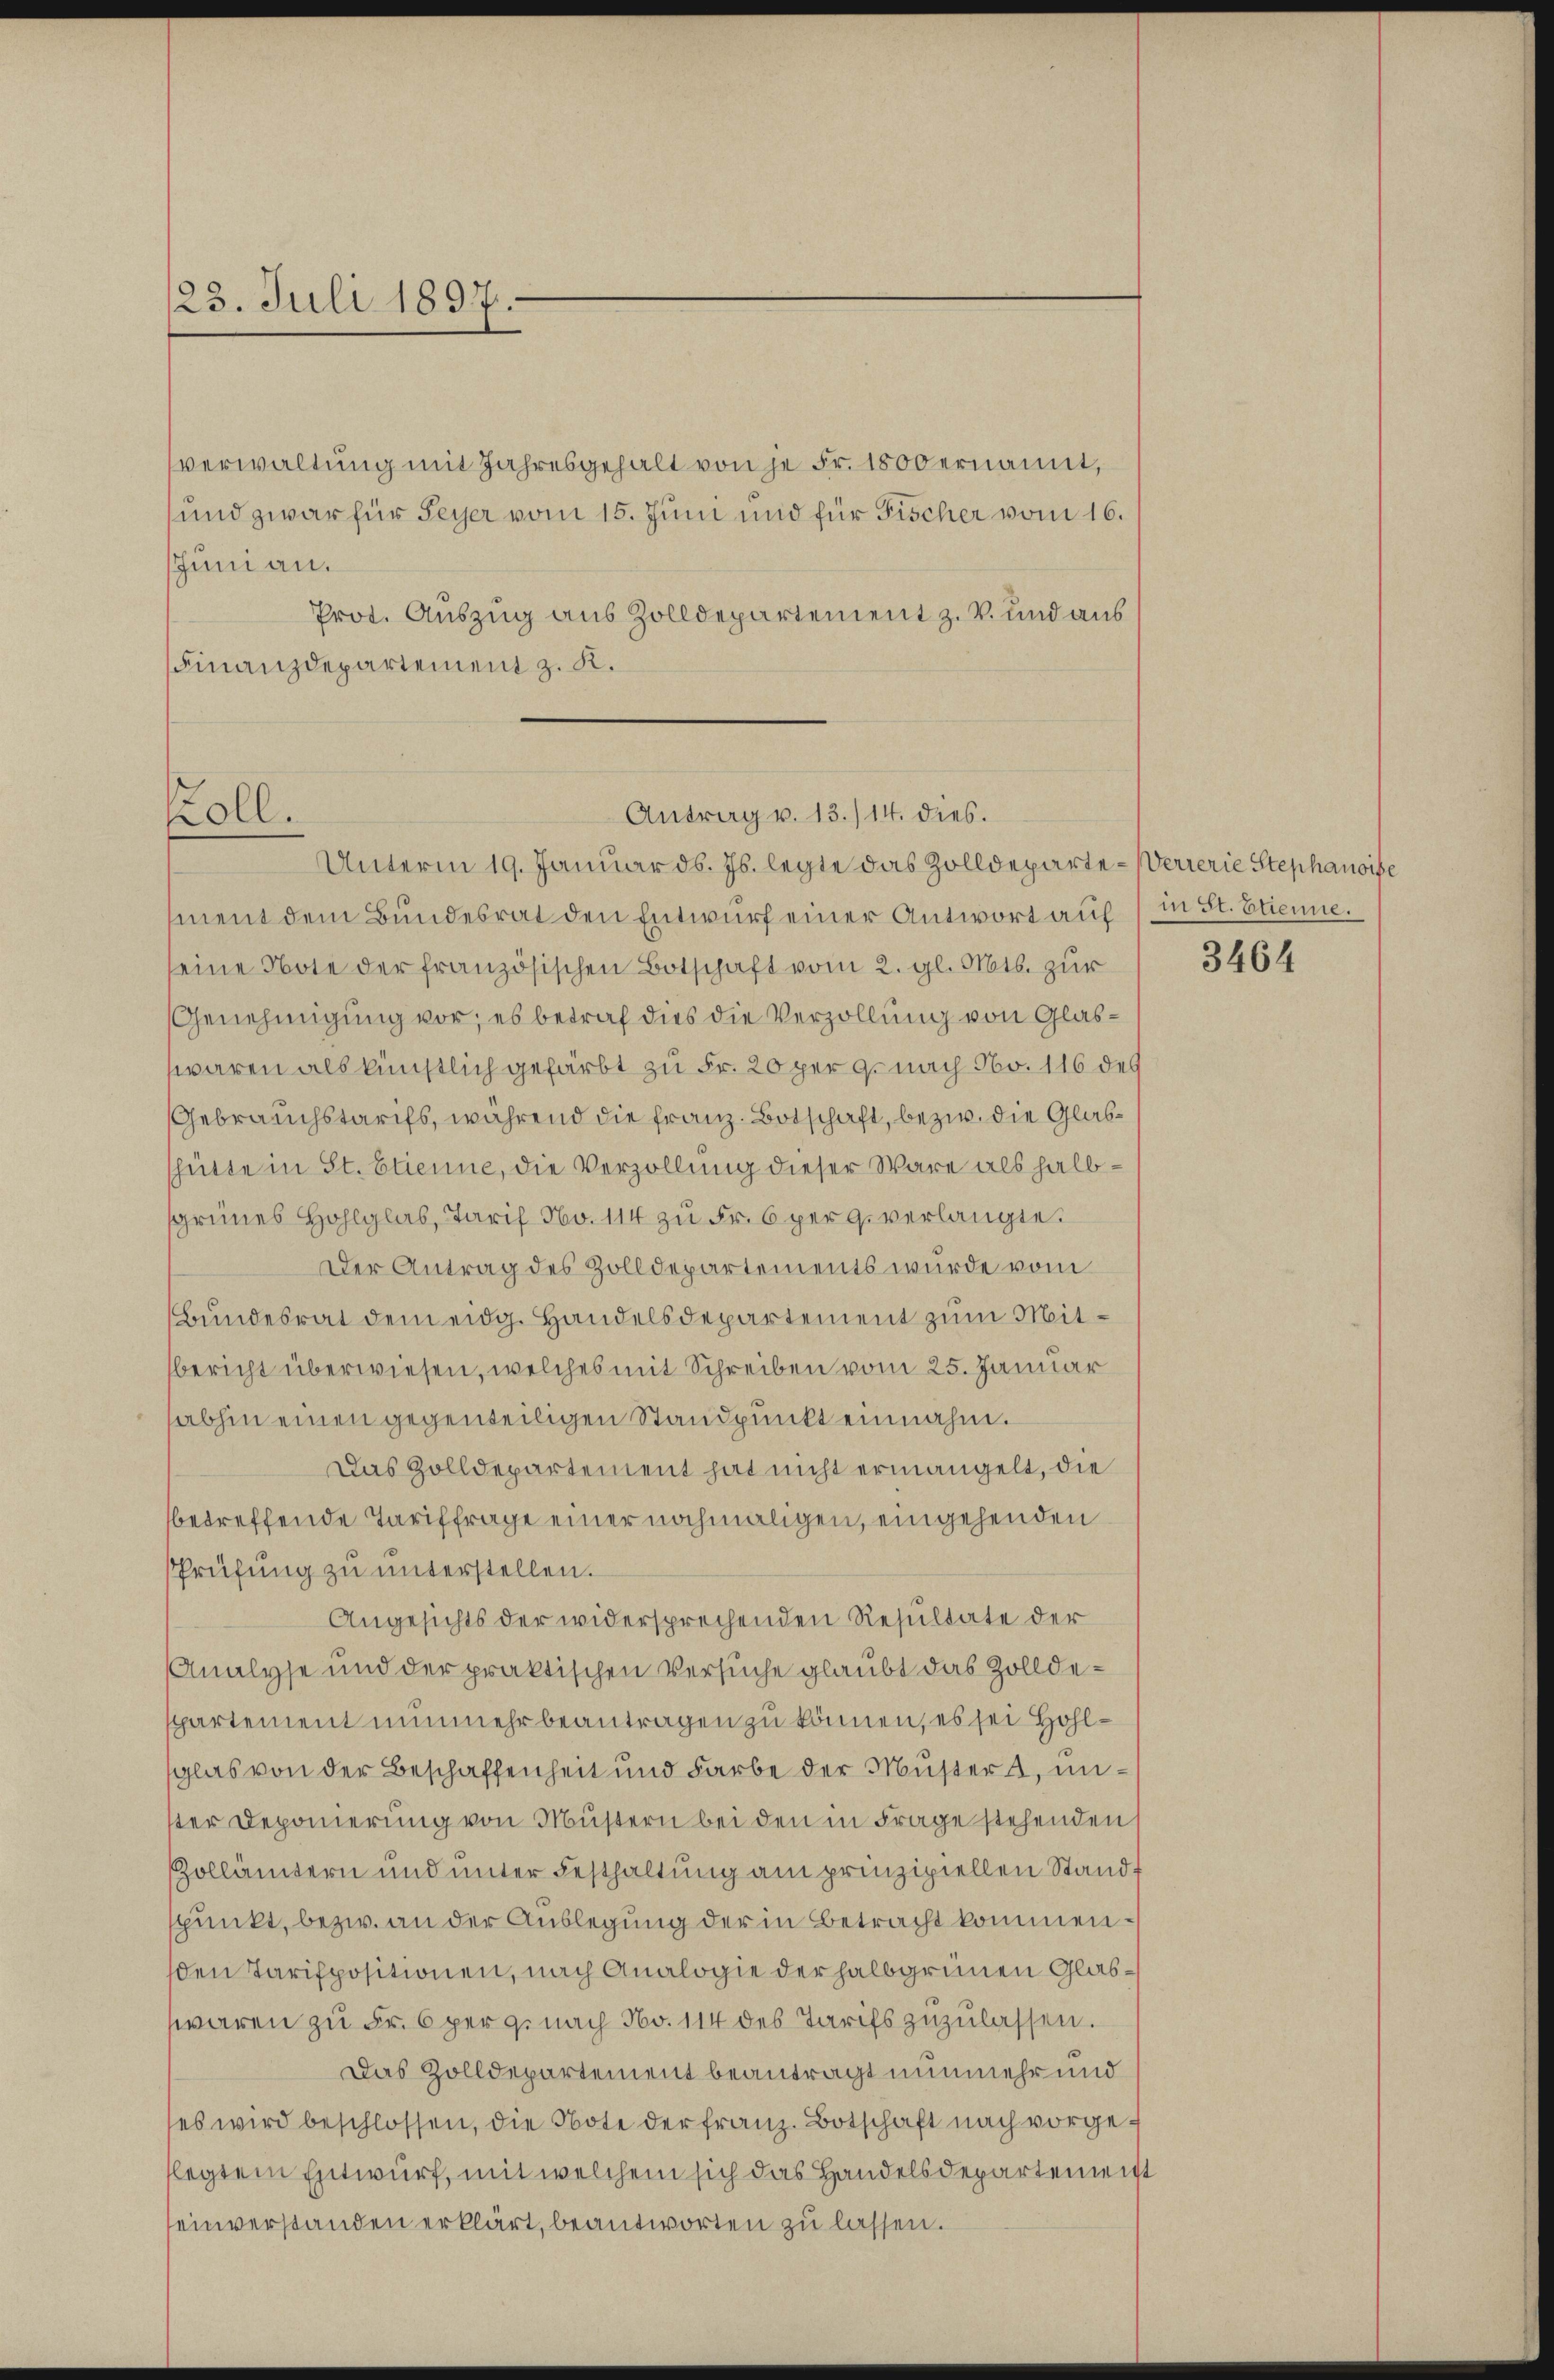
23. Juli 1897.

verwaltung mit Jahresgehalt von je Fr. 1500 ernannt,
und zwar für Seyer vom 15. Juni und für Fischer vom 16.
Juni an.
Prot. Auszug aus Zolldepartement z. B. und aus
Finanzdepartement z. K.

koll.

Antrag v. 13./14. dies.

Unterm 19. Januar d. Js. legte das Zolldeparte - Verrerie Stephanoise
ment dem Bundesrat den Entwurf einer Antwort auf in St. Etienne.
seine Note der französischen Botschaft vom 2. gl. Mts. zur
Genehmigung vor; es betraf dies die Verzöllung von Glaswaren als künstlich gefärbt zu Fr. 20 per genach No. 116 des
Gebrauchstarifs, während die Franz. Botschaft, bezw. die Glashütte in St. Etienne, die Verzollung dieser Wäre als halbsgrünes Hohlglab, Tarif No. 114 zu Fr. 6 per 9. verlangte.
Der Antrag des Zolldepartements wurde vom
Bundesrat dem eidg. Handelsdepartement zum Mitbericht überwiesen, welches mit Schreiben vom 25. Januar
abhin einen gegenteiligen Standpunkt einnahm.
Das Zolldepartement hat nicht ermangelt, die
betreffende Tariffrage einer nochmaligen, eingehenden
Prüfŭng zŭ ŭnterstellen.
Angesichts der widersprechenden Resultate der
Analyse und der praktischen Versuche glaubt das Zolldeppartement nunmehr beantragen zu können, es sei Hohlglas von der Beschaffenheit und Farbe der Mussert, unster Deponierung von Mustern bei den in Frage stehenden
Zollämtern und unter Festhaltung am prinzipiellen Stand,
punkt, bezw. an der Auslegung der in Betracht kommenden Tarispositionen, nach Analogie der halbgrünen Glaswaren zu Fr. 6 per genach No. 114 des Tarifs zuzulassen.
Das Zolldepartement beantragt nunmehr und
es wird beschlossen, die Note der franz. Botschaft nach vorgeflegtem Entwurf, mit welchem sich das Handelsdepartement
einverstanden erklärt, beantworten zu lassen.

3464